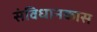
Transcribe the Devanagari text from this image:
संविधानकास